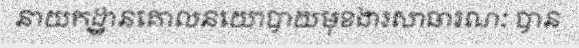
នាយកដ្ឋានគោលនយោបាយមុខងារសាធារណៈ បាន